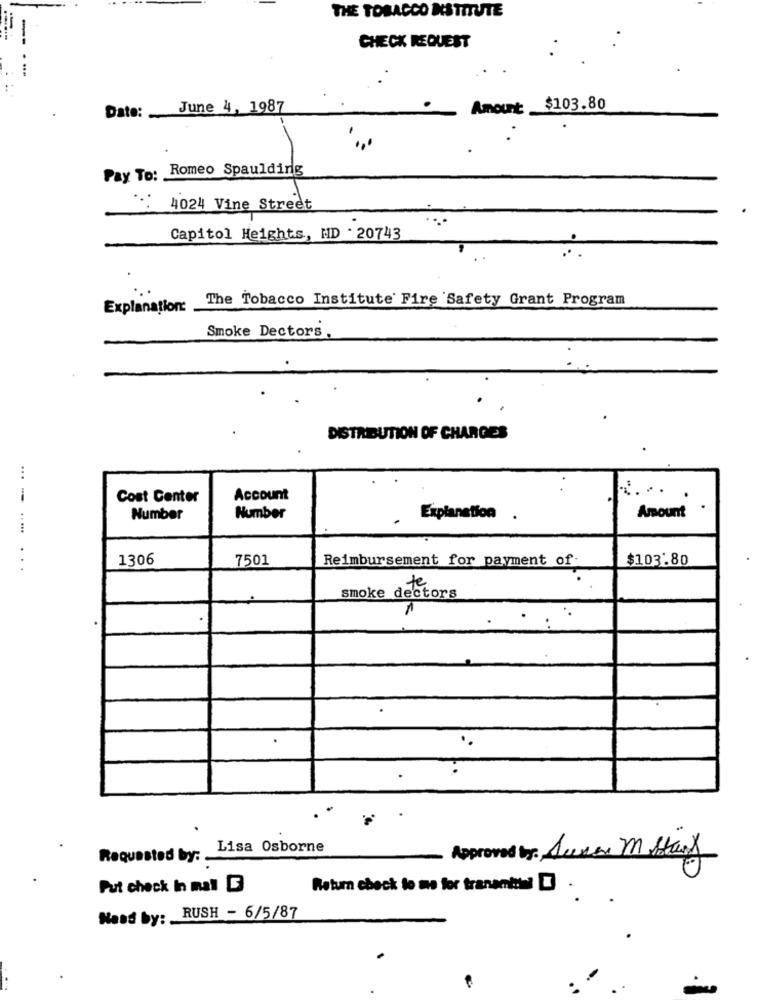
THE TOBACCO INSTITUTE
CHECK REQUEST
Date: June 4, 1987
Amount $103.80
Pay To: Romeo Spaulding
4024 Vine Street
Capitol Heights, HD . 20743
The Tobacco Institute Fire Safety Grant Program
Explanation:
Smoke Dectors .
DISTRIBUTION OF CHARGES
...
.....
Cost Center
Account
Amount
Number
Number
Explanation.
1306
7501
Reimbursement for payment of.
$103.80
...
te
smoke dectors
..
Lisa Osborne
Requested by: -
Approved by: Seven M Stany
Put check In mal D
Return check to me for tranentre! [ .
Head by: RUSH - 6/5/87